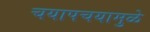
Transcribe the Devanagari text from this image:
चयापचयामुळे